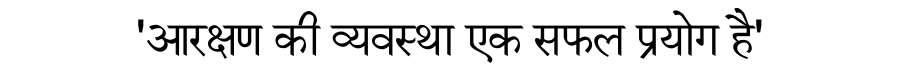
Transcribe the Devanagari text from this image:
'आरक्षण की व्यवस्था एक सफल प्रयोग है'